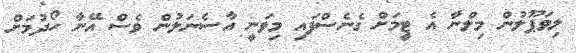
ލިވަޕޫލުން މިލްނާ އެ ޓީމަށް ގެނެސްފައި މިވަނީ އާސެނަލުން ވެސް އޭނާ ހޯދުމަށް